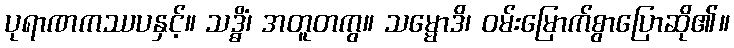
ပုရာဏကဿပနှင့်။ သဒ္ဓိံ၊ အတူတကွ။ သမ္မောဒိ၊ ဝမ်းမြောက်စွာပြောဆို၏။